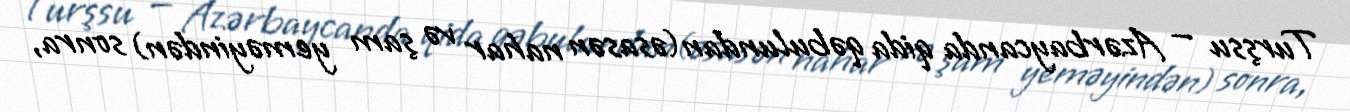
Turşsu — Azərbaycanda qida qəbulundan(əsasən nahar və şam yeməyindən) sonra,